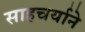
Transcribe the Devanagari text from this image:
साहचर्याने